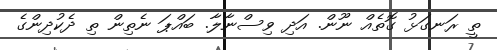
ތީ ރަނގަޅު ގޮތެއް ނޫން. އަދި ވިސްނާލާ. ބައްޕަ ނެތިން ތި ދެކުދިންގެ